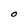
Character: O